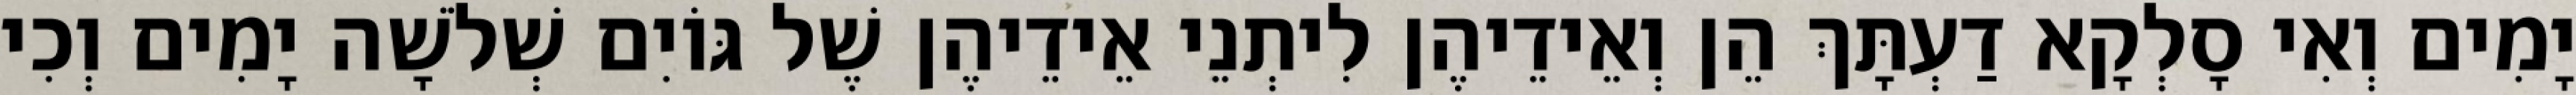
יָמִים וְאִי סָלְקָא דַעְתָּךְ הֵן וְאֵידֵיהֶן לִיתְנֵי אֵידֵיהֶן שֶׁל גּוֹיִם שְׁלֹשָׁה יָמִים וְכִי